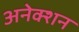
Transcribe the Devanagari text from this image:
अनेक्शन